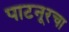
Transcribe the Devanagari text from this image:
पाटनूरचा